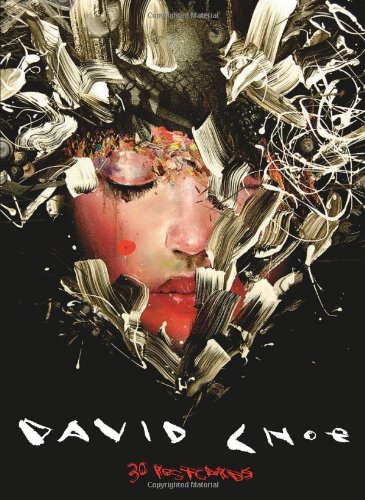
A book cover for David Choe Postcard Book; David Choe; Arts & Photography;